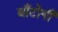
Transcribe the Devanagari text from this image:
बाँटोगी